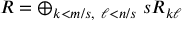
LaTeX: R = \oplus _ { k < m / s , \ \ell < n / s } \ s R _ { k \ell }